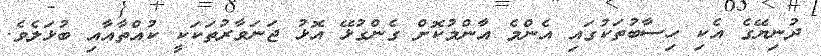
ދުނިޔޭގެ އެކި ހިސާބުތަކުގައި އެންމެ އާންމުކޮށް ގެންގުޅޭ އޮޅު ޖަނަވާރުތަކަކީ ކުއްތާއާއި ބުޅަލެވެ.